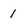
Character: 1